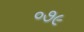
૦૭૯